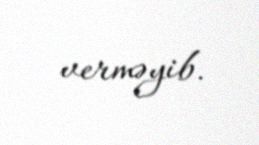
verməyib.